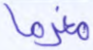
مغرما